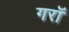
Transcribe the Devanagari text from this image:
गराॅ